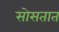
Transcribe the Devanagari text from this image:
सोसतात